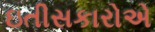
ઇતીસકારોએ